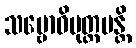
သမ္ဗောဓိမုတ္တမန္တိ